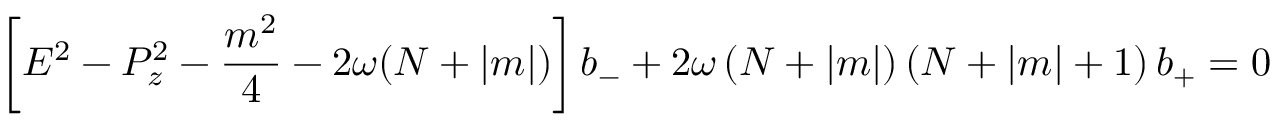
\left[ E ^ { 2 } - P _ { z } ^ { 2 } - \frac { m ^ { 2 } } { 4 } - 2 \omega ( N + \left| m \right| ) \right] b _ { - } + 2 \omega \left( N + \left| m \right| \right) \left( N + \left| m \right| + 1 \right) b _ { + } = 0